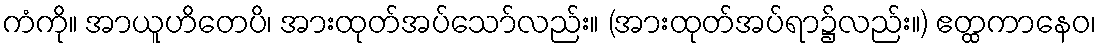
ကံကို။ အာယူဟိတေပိ၊ အားထုတ်အပ်သော်လည်း။ (အားထုတ်အပ်ရာ၌လည်း။) ဧတ္ထကာနေဝ၊